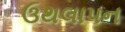
ઉથલાપન